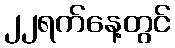
၂၂ရက်နေ့တွင်